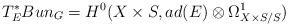
LaTeX: \begin{align*}T^*_E Bun_G = H^0(X \times S, ad(E) \otimes \Omega^1_{X \times S/S})\end{align*}